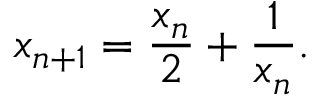
x _ { n + 1 } = { \frac { x _ { n } } { 2 } } + { \frac { 1 } { x _ { n } } } .